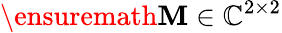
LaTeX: \ensuremath{\mathbf{M}}\in\mathbb{C}^{2\times 2}